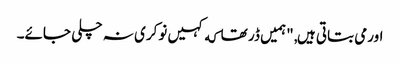
اورمی بتاتی ہیں, "ہمیں ڈر تھا که کہیں نوکری نہ چلی جائے۔